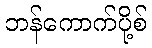
ဘန်ကောက်ပို့စ်